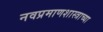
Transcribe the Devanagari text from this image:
नवप्रमाणशास्त्राच्या